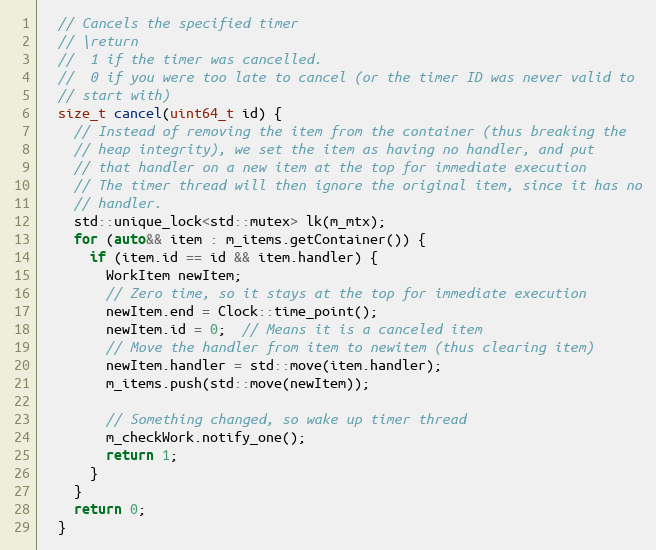
Language: C
  // Cancels the specified timer
  // \return
  //  1 if the timer was cancelled.
  //  0 if you were too late to cancel (or the timer ID was never valid to
  // start with)
  size_t cancel(uint64_t id) {
    // Instead of removing the item from the container (thus breaking the
    // heap integrity), we set the item as having no handler, and put
    // that handler on a new item at the top for immediate execution
    // The timer thread will then ignore the original item, since it has no
    // handler.
    std::unique_lock<std::mutex> lk(m_mtx);
    for (auto&& item : m_items.getContainer()) {
      if (item.id == id && item.handler) {
        WorkItem newItem;
        // Zero time, so it stays at the top for immediate execution
        newItem.end = Clock::time_point();
        newItem.id = 0;  // Means it is a canceled item
        // Move the handler from item to newitem (thus clearing item)
        newItem.handler = std::move(item.handler);
        m_items.push(std::move(newItem));

        // Something changed, so wake up timer thread
        m_checkWork.notify_one();
        return 1;
      }
    }
    return 0;
  }